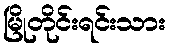
မြိုတိုင်းရင်းသား